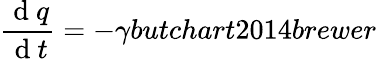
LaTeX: \frac{\mathrm{~d~}q}{\mathrm{~d~}t}=-\gamma butchart2014brewer